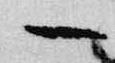
一